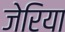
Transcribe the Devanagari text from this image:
जेरिया